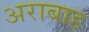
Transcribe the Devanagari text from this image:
अराबाह